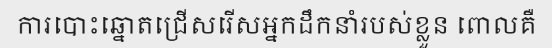
ការបោះឆ្នោតជ្រើសរើសអ្នកដឹកនាំរបស់ខ្លួន ពោលគឺ